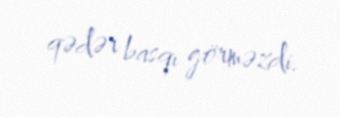
qədər basqı görməzdi.